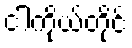
ငါကိုယ်တိုင်